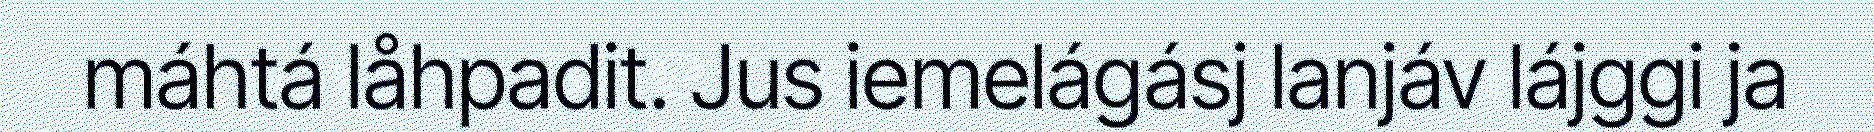
máhtá låhpadit. Jus iemelágásj lanjáv lájggi ja